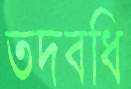
তদবধি